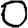
Digit: 0